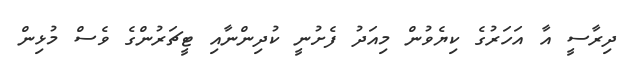
ދިރާސީ އާ އަހަރުގެ ކިޔެވުން މިއަދު ފެށުނީ ކުދިންނާއި ޓީޗަރުންގެ ވެސް މުޅިން